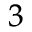
^ 3